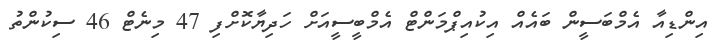
އިންޑިއާ އެމްބަސީން ބައެއް އިކުއިޕްމަންޓް އެމްބީސީއަށް ހަދިޔާކޮށްފި 47 މިނެޓް 46 ސިކުންތު